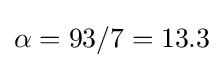
\alpha =93/7=13.3